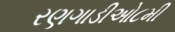
રણગાડીઓ૮મી